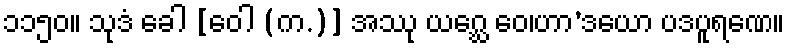
၁၁၅၀။ သုဒံ ခေါ [ဝေါ (က.)] အဿု ယဂ္ဃေ ဝေ၊ဟာ’ဒယော ပဒပူရဏေ။